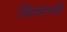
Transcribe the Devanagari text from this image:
खिजलाने